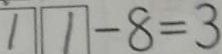
1 1 - 8 = 3